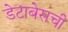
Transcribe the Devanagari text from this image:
डेटाबेसची